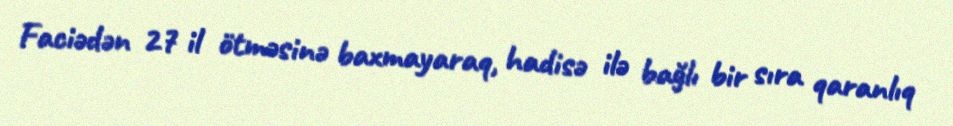
Faciədən 27 il ötməsinə baxmayaraq, hadisə ilə bağlı bir sıra qaranlıq